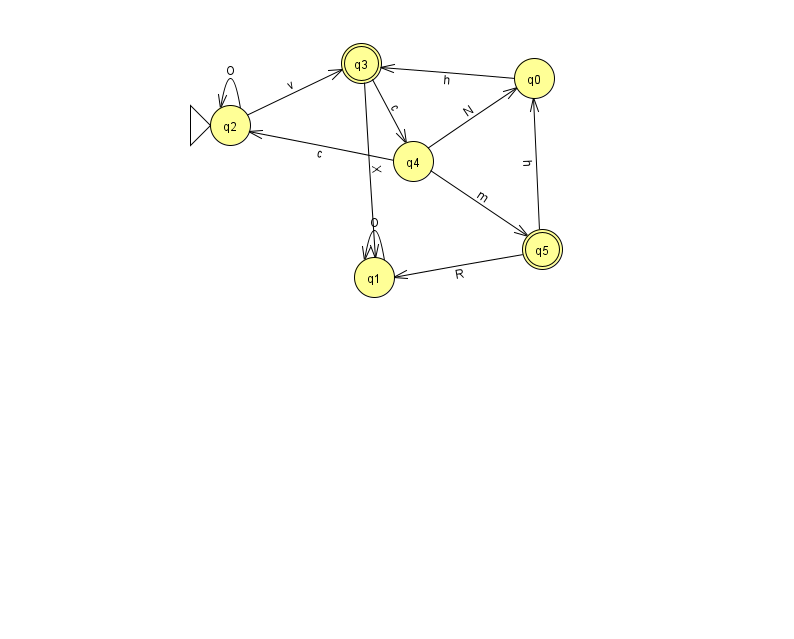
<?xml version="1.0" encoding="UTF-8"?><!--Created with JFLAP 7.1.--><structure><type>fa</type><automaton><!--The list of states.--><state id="0" name="q0"><x>534.0</x><y>65.0</y></state><state id="1" name="q1"><x>374.0</x><y>264.0</y></state><state id="2" name="q2"><x>230.0</x><y>112.0</y><initial/></state><state id="3" name="q3"><x>361.0</x><y>50.0</y><final/></state><state id="4" name="q4"><x>413.0</x><y>148.0</y></state><state id="5" name="q5"><x>542.0</x><y>236.0</y><final/></state><!--The list of transitions.--><transition><from>4</from><to>0</to><read>N</read></transition><transition><from>4</from><to>5</to><read>m</read></transition><transition><from>4</from><to>2</to><read>c</read></transition><transition><from>3</from><to>1</to><read>X</read></transition><transition><from>3</from><to>4</to><read>c</read></transition><transition><from>5</from><to>1</to><read>R</read></transition><transition><from>5</from><to>0</to><read>h</read></transition><transition><from>0</from><to>3</to><read>h</read></transition><transition><from>2</from><to>3</to><read>v</read></transition><transition><from>1</from><to>1</to><read>O</read></transition><transition><from>2</from><to>2</to><read>O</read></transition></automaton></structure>